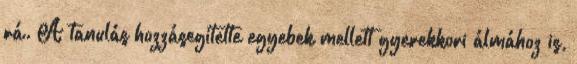
rá. A tanulás hozzásegítette egyebek mellett gyerekkori álmához is,